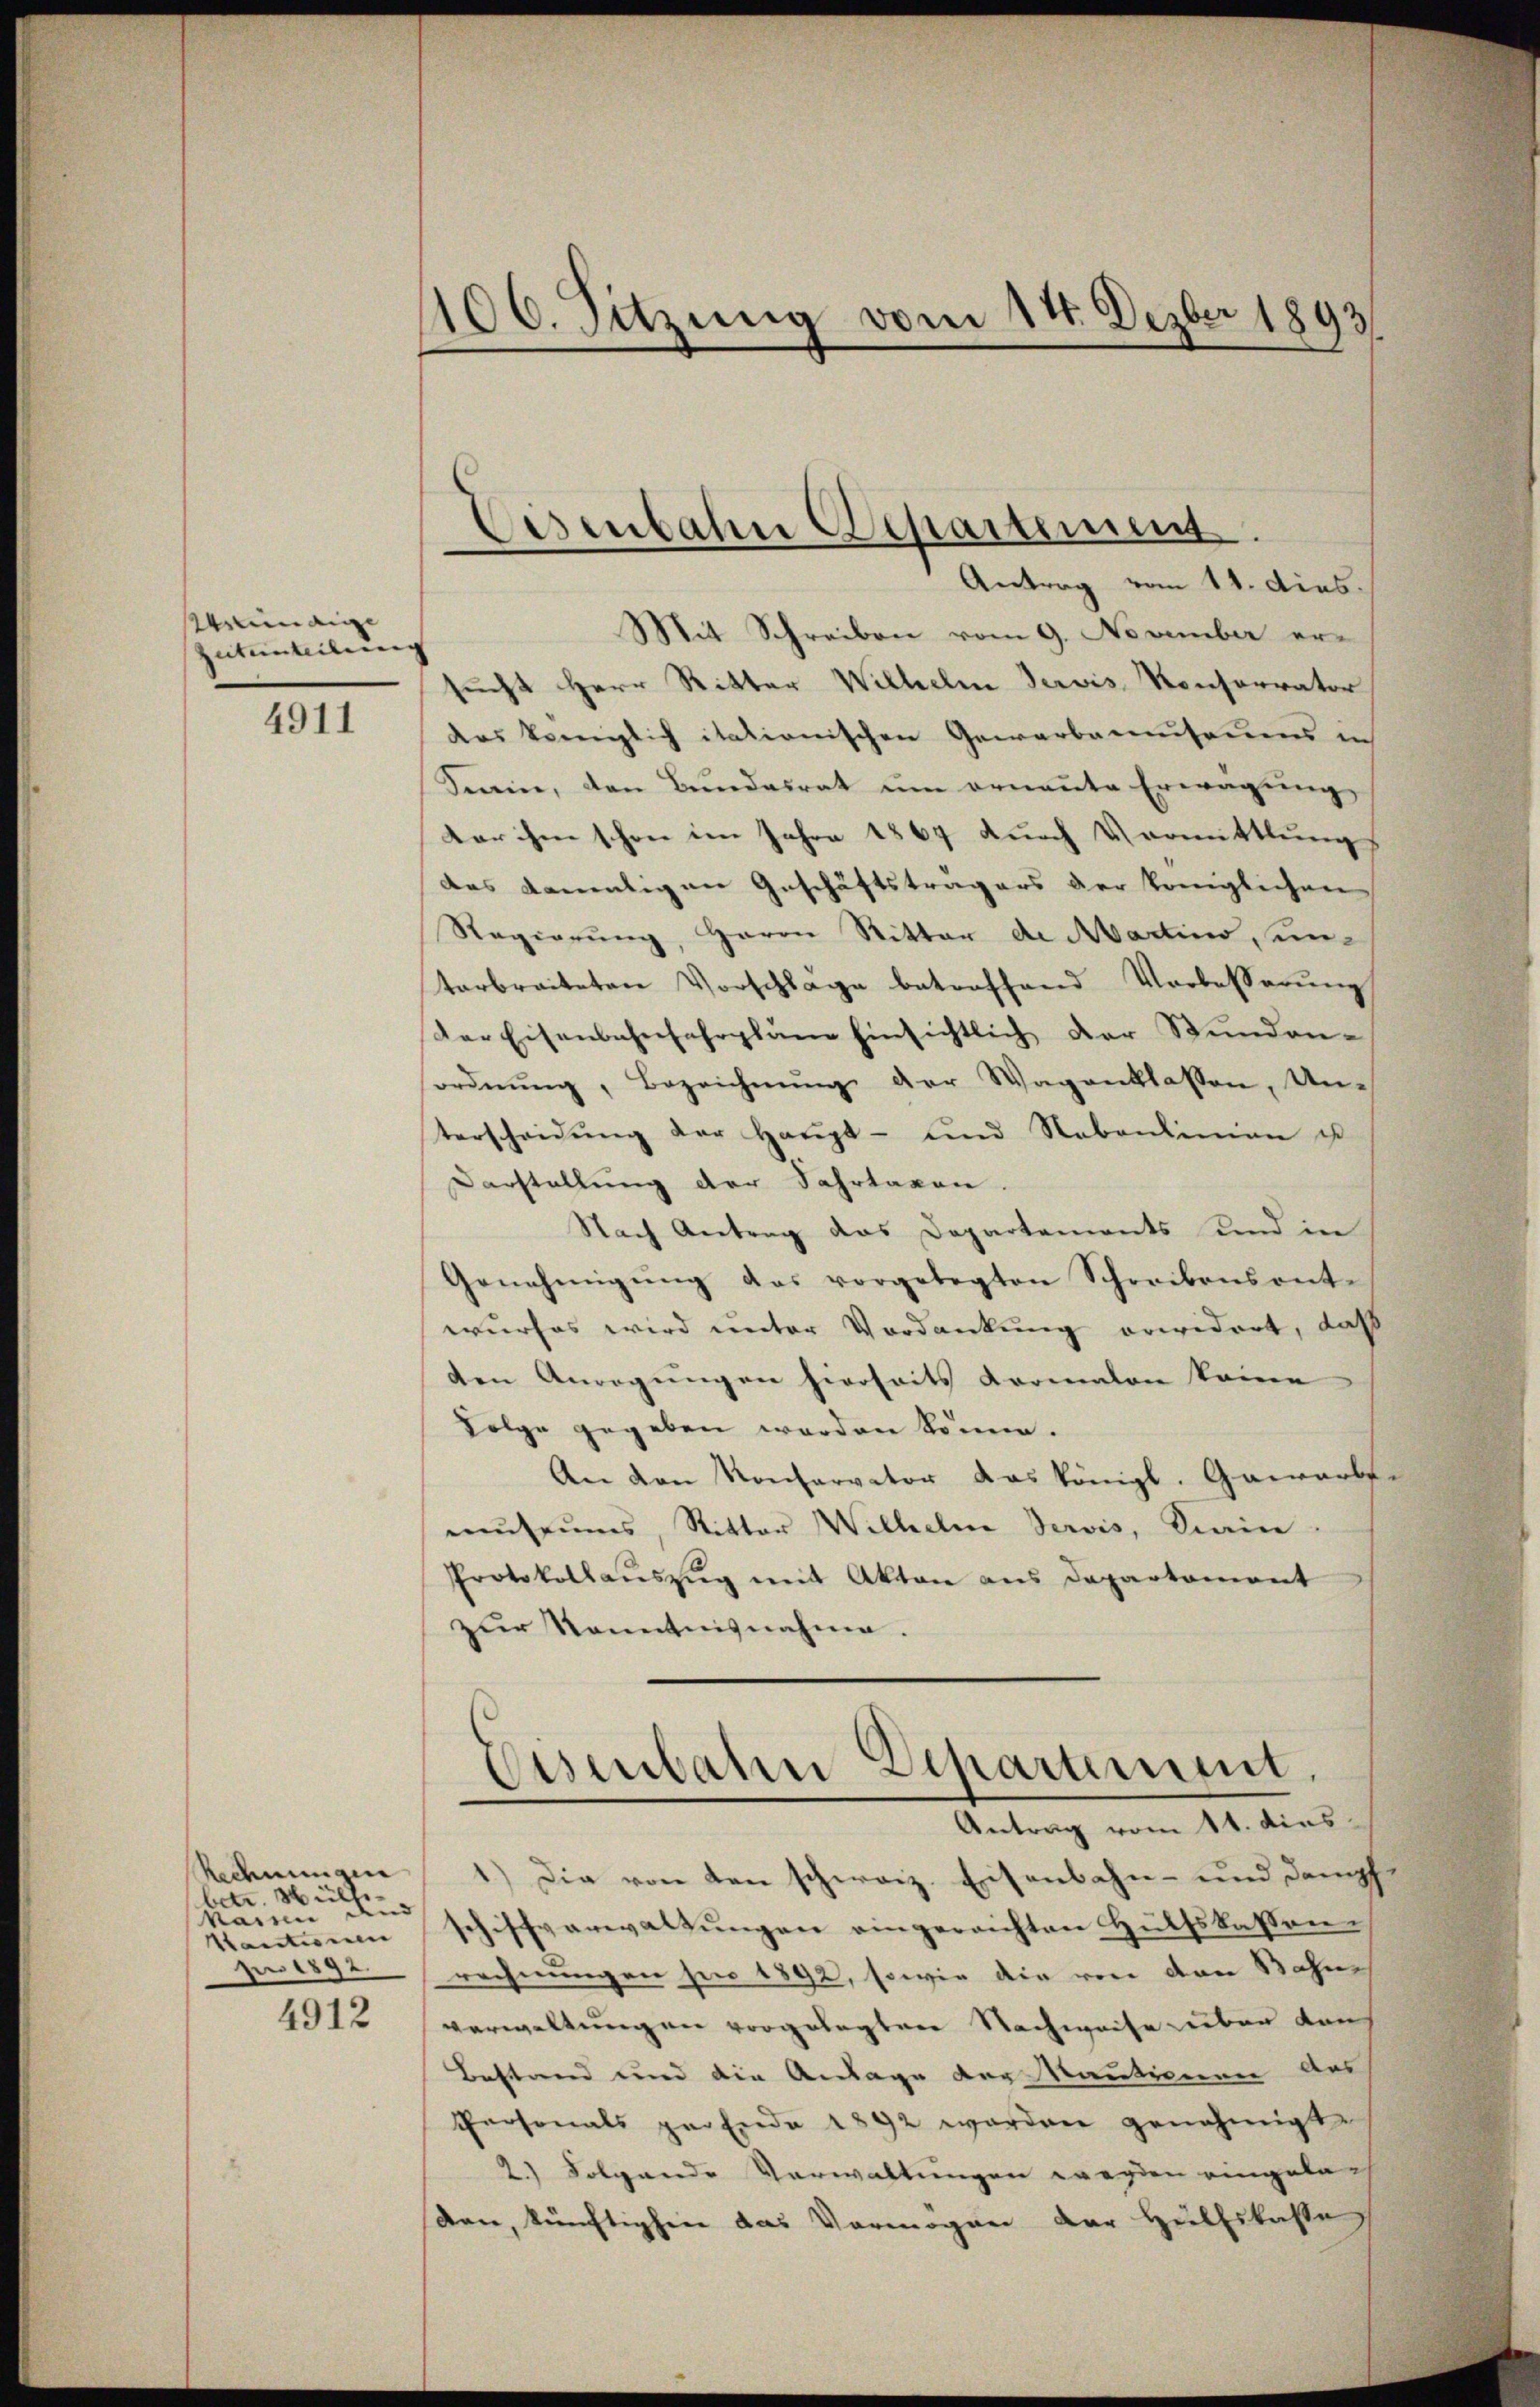
Windige
Zuteinteilung

4911

Redeningen
betr. Mülle
Maien und
Santinen
fer 1892.

4912

106. setzung vom 14. Dezbr 1893

Eisenbahn Departement
Antrag vom 11. dies.

Mit Schreiben vom 9. November ersucht Herr Ritter Wilhelm Servis Konferrator
das königlich itationischen Gewerbemuseums in
Ferein, den Bundesrat ŭm ernaṅte Erwägung
ter ihm schon im Jahre 1867 durch Vormittlung
das damaligen Geschäftsträgers der Königlichen
Regierung, Herrn Ritter de Martino, unterbreiteten Vorschlage betreffend Vorbesserung
der Eisenbahnfahrpläne hinsichtlich der Stŭnden-
ordnŭng, Bezeichnŭng der Wagenklassen, Un-
terscheidŭng der Haŭpt- und Nebenlinien ist
Darstellung der Fahrtagen.
Nach Antrag das Departements und in
Genehmigŭng das vorgelegten Schreibensont-
wurfes wird unter Verdankung erwidert, daß
den Anregungen hierseits dormalon keine
Folge gegeben werden könne.
An den Konservator das königl. Gawarbe
museums, Ritter Wilhelm Servis, Sain.
Protokollaŭszŭg mit Akten aus Departement
zur Kenntnisnahme.
Eisenbahn Departement.
Antrag vom 11. dies
1.) Die von den schweiz. Eisenbahn- und Dampf
schiffverwaltungen eingereichten Hülfskassen.
rechnungen pro 1892, sowie die vor den Bahne
verwaltungen vorgelegtere Nachweise über dan
Bestand und die Anlage der Kautionen Aus
Personals per Ende 1892 worden genehmigt.
2.) Folgende Verwaltungen werden eingela-
den, künftighin das Vermögen der Hülfskasse